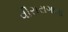
વીરારાગાવા